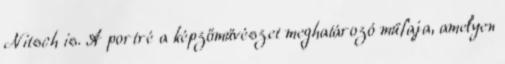
Nitsch is. A portré a képzőművészet meghatározó műfaja, amelyen